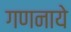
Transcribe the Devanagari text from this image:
गणनाये